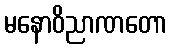
မနောဝိညာဏတော